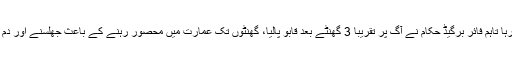
عمارت میں دھواں بھرجانے کے باعث امدادی کارروائیوں میں مشکلات کا سامنا رہا تاہم فائر برگیڈ حکام نے آگ پر تقریباً 3 گھنٹے بعد قابو پالیا، گھنٹوں تک عمارت میں محصور رہنے کے باعث جھلسنے اور دم گھٹنے سے خواتین و بچوں سمیت 11 افراد ہلاک اور 30 سے زائد زخمی ہوگئے۔